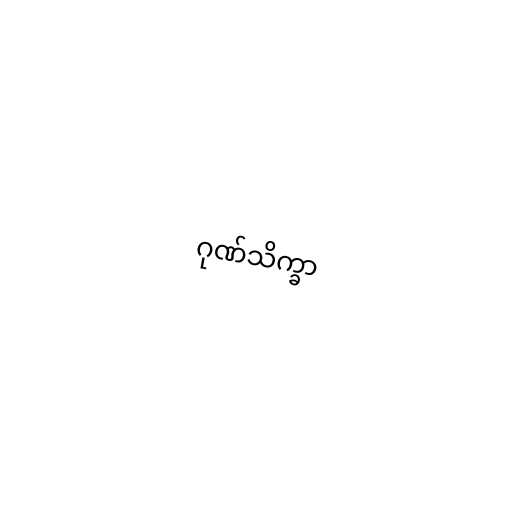
ဂုဏ်သိက္ခာ